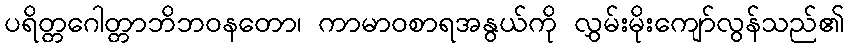
ပရိတ္တဂေါတ္တာဘိဘဝနတော၊ ကာမာဝစာရအနွယ်ကို လွှမ်းမိုးကျော်လွန်သည်၏